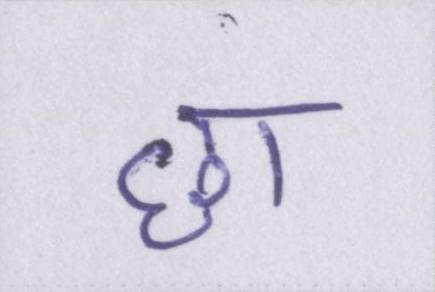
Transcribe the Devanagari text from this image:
छा